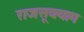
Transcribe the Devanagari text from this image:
राजसूययाग